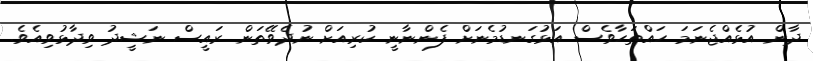
ދާން އުޅެއްޖެނަމަ ހައްތަހާވެސް އަޅުގަނޑުމެނަށް ފެންނާނީ ކުރިއަށް ނުދެވޭތަން ރައީސް ނަޝީދު ވިދާޅުވިއެވެ.